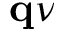
\mathbf q \nu